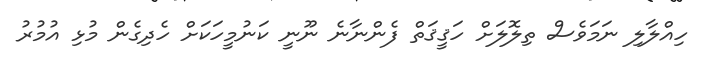
ހިއްލާލި ނަމަވެސް ތިލޮލަށް ހަޤީޤަތް ފެންނާނެ ނޫނީ ކަނުމީހަކަށް ހެދިގެން މުޅި އުމުރު